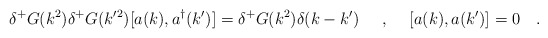
\begin{align*}\delta^+ G(k^2)\delta^+ G(k'^2) [a(k),a^{\dagger}(k')]=\delta^+ G(k^2) \delta(k-k')\makebox[.5in]{,}[a(k),a(k')]=0~~~.\end{align*}